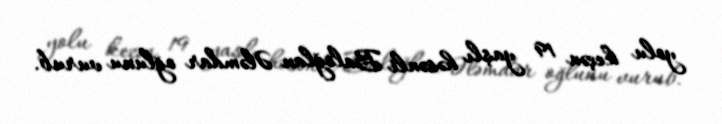
yolu keçən 19 yaşlı həsənli Baloğlan Ələmdar oğlunu vurub.